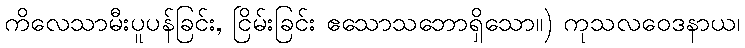
ကိလေသာမီးပူပန်ခြင်း, ငြိမ်းခြင်း ဧသောသဘောရှိသော။) ကုသလဝေဒနာယ၊